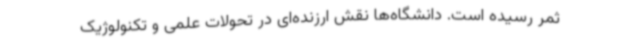
ثمر رسیده است. دانشگاه‌ها نقش ارزنده‌ای در تحولات علمی و تکنولوژیک